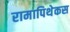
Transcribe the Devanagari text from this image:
रामापिथेकस